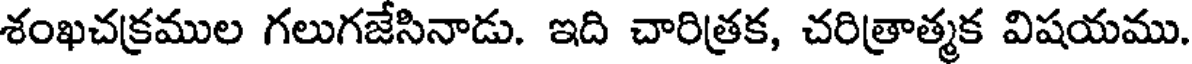
శంఖచక్రముల గలుగజేసినాడు. ఇది చారిత్రక, చరిత్రాత్మక విషయము.